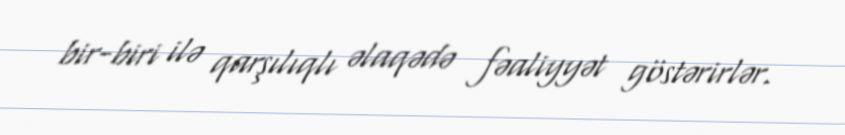
bir-biri ilə qarşılıqlı əlaqədə fəaliyyət göstərirlər.